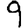
Digit: 9